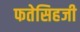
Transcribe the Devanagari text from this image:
फतेसिहजी